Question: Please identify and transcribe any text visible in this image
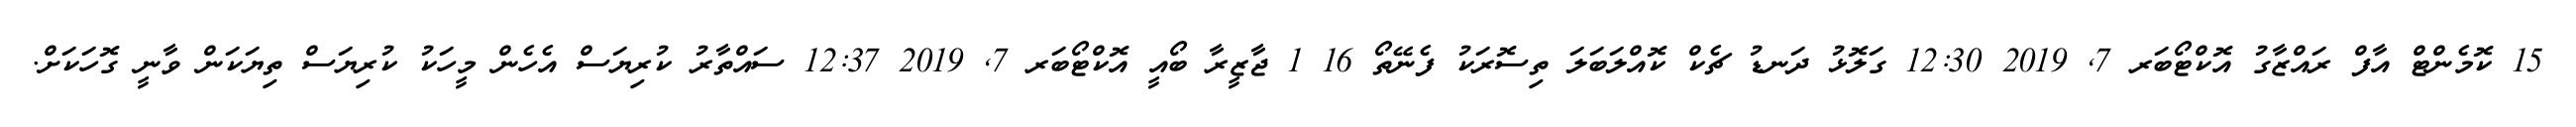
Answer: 15 ކޮމެންޓް އާފް ރައްޒާގު އޮކްޓޯބަރ 7, 2019 12:30 ގަލޮޅު ދަނޑު ޗެކް ކޮއްލަބަލަ ތިސޮރަކު ފެނޭތޯ 16 1 ޖާޒީރާ ބޯއީ އޮކްޓޯބަރ 7, 2019 12:37 ސައްތާރު ކުރިޔަސް އެހެން މީހަކު ކުރިޔަސް ތިޔަކަން ވާނީ ގޮހަކަށް.